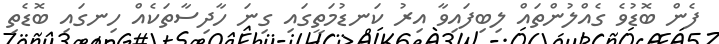
ފެން ބޮޑުވެ ގެއްލުންތައް ލިބިފައިވާ އިރު ކަނޑުމަތީގައި ގިނަ ހާދިސާތަކެއް ހިނގައި ބޮޑެތި